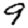
Digit: 9